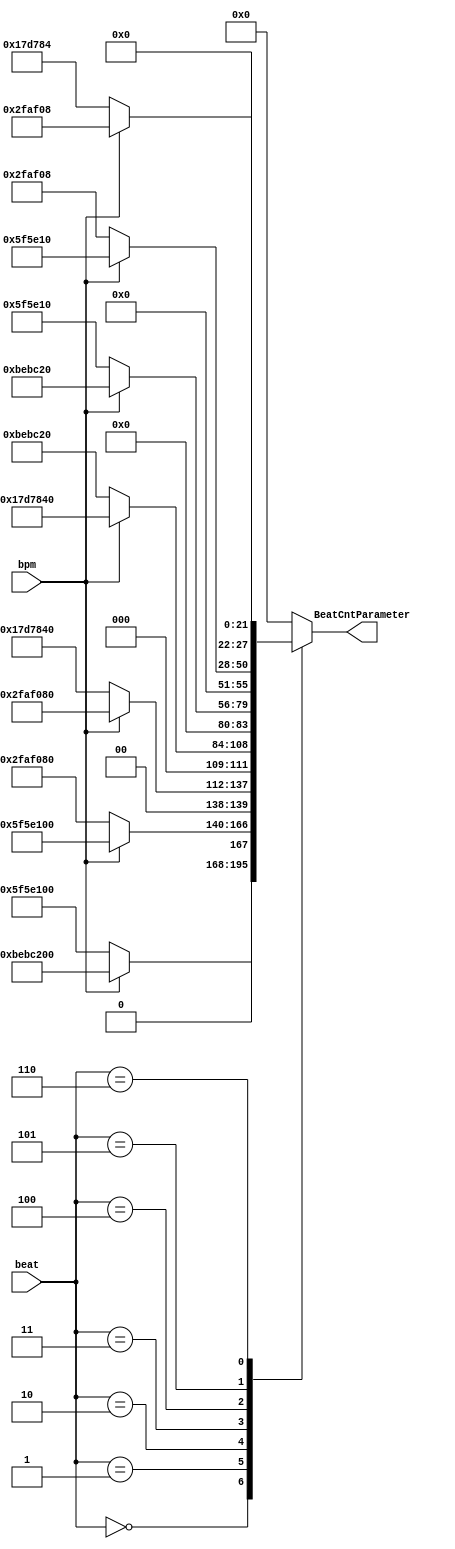
module BeatDecoder #(parameter isSim = 0) (input wire[3:0] beat,
                   input wire bpm,
                   output reg[27:0] BeatCntParameter);

    localparam BeatCntParameter_00 = isSim? 28'd100_000_0 : 28'd100_000_000; //2s
    localparam BeatCntParameter_02 = isSim?  28'd50_000_0 :  28'd50_000_000; //1s
    localparam BeatCntParameter_04 = isSim?  28'd25_000_0 :  28'd25_000_000; //0.5s
    localparam BeatCntParameter_08 = isSim?  28'd12_500_0 :  28'd12_500_000; //0.25s
    localparam BeatCntParameter_16 = isSim?   28'd6_250_0 :   28'd6_250_000; //0.125s
    localparam BeatCntParameter_32 = isSim?   28'd3_125_0 :   28'd3_125_000; //0.0625s
    localparam BeatCntParameter_64 = isSim?   28'd1_562_5 :   28'd1_562_500; //0.03125s

    always @(beat,bpm) begin
        case(beat)
            4'h0: BeatCntParameter = bpm? BeatCntParameter_00*2 : BeatCntParameter_00;
            4'h1: BeatCntParameter = bpm? BeatCntParameter_02*2 : BeatCntParameter_02;
            4'h2: BeatCntParameter = bpm? BeatCntParameter_04*2 : BeatCntParameter_04;
            4'h3: BeatCntParameter = bpm? BeatCntParameter_08*2 : BeatCntParameter_08;
            4'h4: BeatCntParameter = bpm? BeatCntParameter_16*2 : BeatCntParameter_16;
            4'h5: BeatCntParameter = bpm? BeatCntParameter_32*2 : BeatCntParameter_32;
            4'h6: BeatCntParameter = bpm? BeatCntParameter_64*2 : BeatCntParameter_64;
            default: BeatCntParameter = 28'b0;
        endcase
    end

endmodule